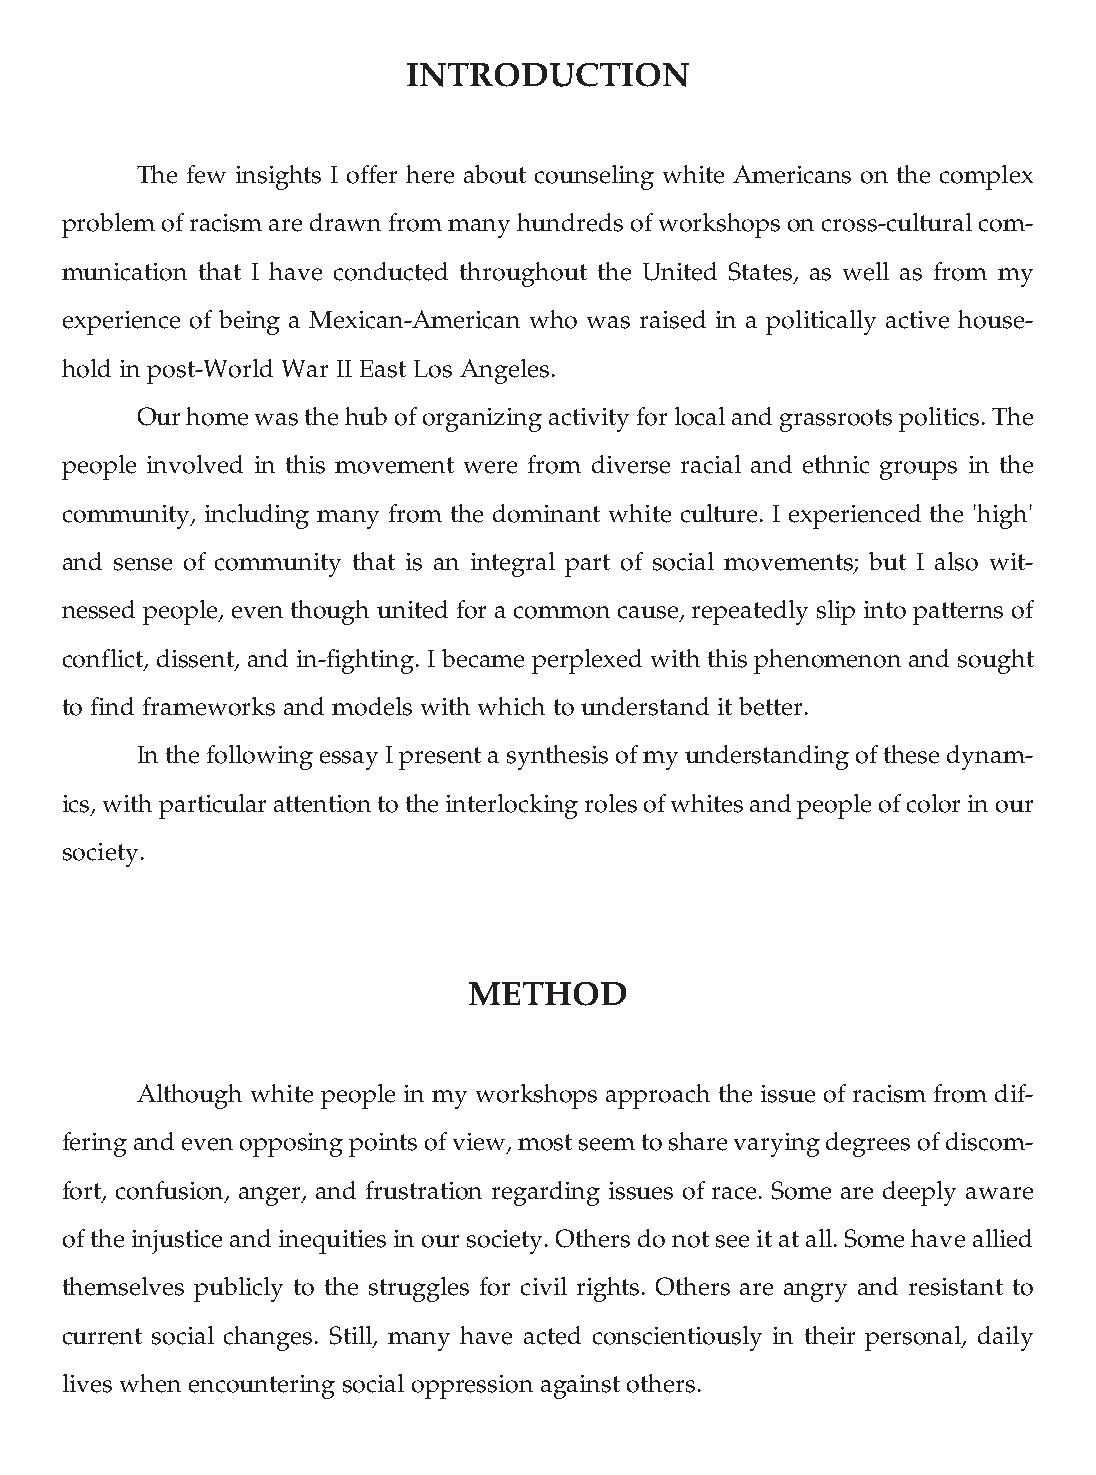
INTRODUCTION
 The few insights I offer here about counseling white Americans on the complex
 problem of racism are drawn from many hundreds of workshops on cross-cultural com-
 munication that I have conducted throughout the United States, as well as from my
 experience of being a Mexican-American who was raised in a politically active house-
 hold in post-World War II East Los Angeles.
 Our home was the hub of organizing activity for local and grassroots politics. The
 people involved in this movement were from diverse racial and ethnic groups in the
 community, including many from the dominant white culture. I experienced the 'high'
 and sense of community that is an integral part of social movements; but I also wit-
 nessed people, even though united for a common cause, repeatedly slip into patterns of
 conflict, dissent, and in-fighting. I became perplexed with this phenomenon and sought
 to find frameworks and models with which to understand it better.
 In the following essay I present a synthesis of my understanding of these dynam-
 ics, with particular attention to the interlocking roles of whites and people of color in our
 society.
 METHOD
 Although white people in my workshops approach the issue of racism from dif-
 fering and even opposing points of view, most seem to share varying degrees of discom-
 fort, confusion, anger, and frustration regarding issues of race. Some are deeply aware
 of the injustice and inequities in our society. Others do not see it at all. Some have allied
 themselves publicly to the struggles for civil rights. Others are angry and resistant to
 current social changes. Still, many have acted conscientiously in their personal, daily
 lives when encountering social oppression against others.